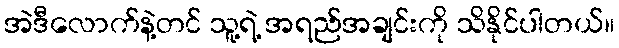
အဲဒီလောက်နဲ့တင် သူ့ရဲ့ အရည်အချင်းကို သိနိုင်ပါတယ်။